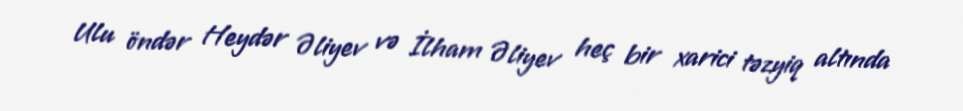
Ulu öndər Heydər Əliyev və İlham Əliyev heç bir xarici təzyiq altında